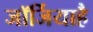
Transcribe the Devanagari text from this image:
जॉर्जियाहै